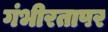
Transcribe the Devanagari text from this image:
गंभीरतापर